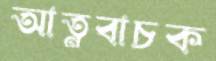
আত্নবাচক